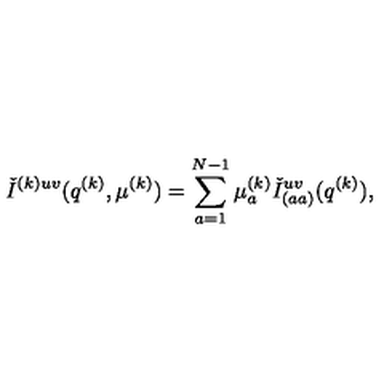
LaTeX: { \check { I } } ^ { ( k ) u v } ( q ^ { ( k ) } , \mu ^ { ( k ) } ) = \sum _ { a = 1 } ^ { N - 1 } \mu _ { a } ^ { ( k ) } { \check { I } } _ { ( a a ) } ^ { u v } ( q ^ { ( k ) } ) ,